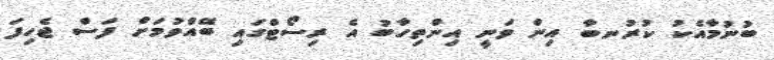
ބުނުމާއެކު ކުރުނބާ އިން ވަނީ އިންތިހާބު އެ ރިސޯޓްގައި ބޭއްވުމަށް ފަސް ޖެހިފަ